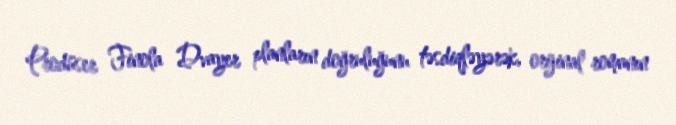
Prodüser Finola Dvayer planların doğruluğunu təsdiqləyərək, orijinal romanın